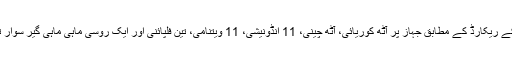
اس کے ریکارڈ کے مطابق جہاز پر آٹھ کوریائی، آٹھ چینی، 11 انڈونیشی، 11 ویتنامی، تین فلپائنی اور ایک روسی ماہی ماہی گیر سوار تھے۔